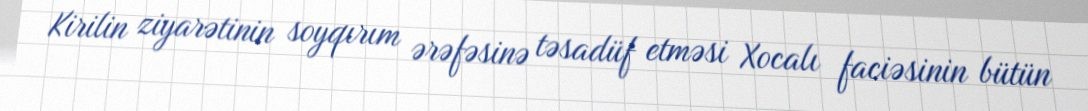
Kirilin ziyarətinin soyqırım ərəfəsinə təsadüf etməsi Xocalı faciəsinin bütün